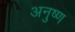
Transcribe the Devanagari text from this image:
अनुष्ण